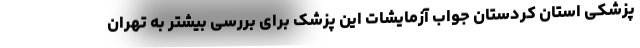
پزشکی استان کردستان جواب آزمایشات این پزشک برای بررسی بیشتر به تهران